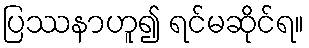
ပြဿနာဟူ၍ ရင်မဆိုင်ရ။